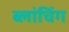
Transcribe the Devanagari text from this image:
ब्लांचिंग